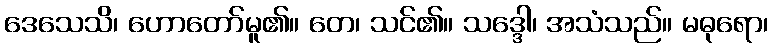
ဒေသေသိ၊ ဟောတော်မူ၏။ တေ၊ သင်၏။ သဒ္ဒေါ၊ အသံသည်။ မဓုရော၊